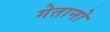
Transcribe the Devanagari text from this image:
गेतानो